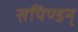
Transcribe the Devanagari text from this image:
सपिण्डन्